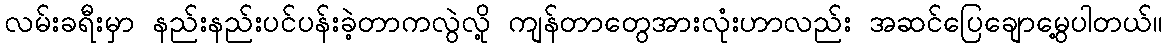
လမ်းခရီးမှာ နည်းနည်းပင်ပန်းခဲ့တာကလွဲလို့ ကျန်တာတွေအားလုံးဟာလည်း အဆင်ပြေချောမွေ့ပါတယ်။